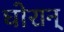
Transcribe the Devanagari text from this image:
घोरान्